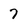
Character: 7